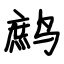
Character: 鹧